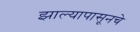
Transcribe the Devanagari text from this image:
झाल्यापासूनचे